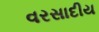
વરસાદીય